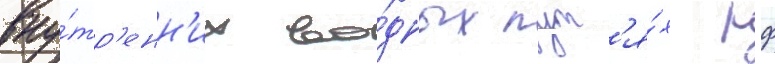
вну́тр'енн'их во́дных пут'я́х рф